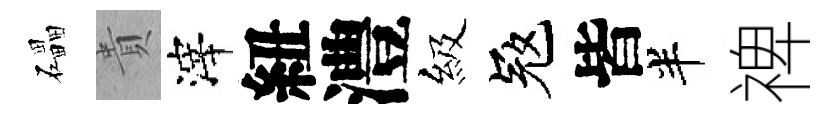
礧貴滓紐澧級冦皆半禆